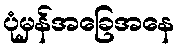
ပုံမှန်အခြေအနေ